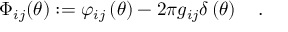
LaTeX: \Phi _ { i j } ( \theta ) : = \varphi _ { i j } \left( \theta \right) - 2 \pi g _ { i j } \delta \left( \theta \right) \quad .